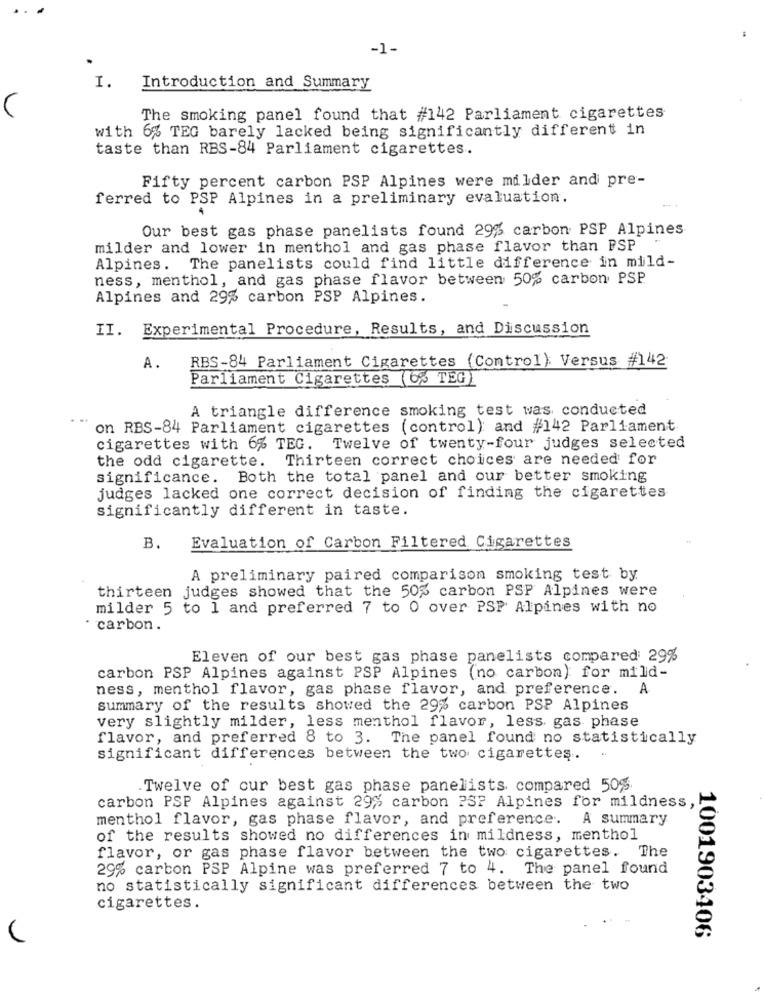
...
-1-
I.
Introduction and Summary
C
The smoking panel found that #142 Parliament cigarettes
with 6% TEG barely lacked being significantly different in
taste than RBS-84 Parliament cigarettes.
Fifty percent carbon PSP Alpines were milder and pre-
ferred to PSP Alpines in a preliminary evaluation.
Our best gas phase panelists found 29% carbon PSP Alpines
milder and lower in menthol and gas phase flavor than PSP
Alpines. The panelists could find little difference in mild-
ness, menthol, and gas phase flavor between 50% carbon PSP
Alpines and 29% carbon PSP Alpines.
II. Experimental Procedure, Results, and Discussion
RBS-84 Parliament Cigarettes (Control): Versus #142
A.
Parliament Cigarettes ( 6% TEG)
A triangle difference smoking test was conducted
on RBS-84 Parliament cigarettes (control) and #142 Parliament
cigarettes with 6% TEG. Twelve of twenty-four judges selected
Thirteen correct choices are needed for
the odd cigarette.
significance. Both the total panel and our better smoking
judges lacked one correct decision of finding the cigarettes
significantly different in taste.
Evaluation of Carbon Filtered Cigarettes
B.
A preliminary paired comparison smoking test by
thirteen judges showed that the 50% carbon PSP Alpines were
milder 5 to 1 and preferred 7 to 0 over PSP Alpines with no
carbon.
Eleven of our best gas phase panelists compared: 29%
carbon PSP Alpines against PSP Alpines (no carbon) for mild-
ness, menthol flavor, gas phase flavor, and preference.
A
summary of the results showed the 29% carbon PSP Alpines
very slightly milder, less menthol flavor, less. gas phase
flavor, and preferred 8 to 3. The panel found no statistically
significant differences between the two cigarettes.
.Twelve of our best gas phase panelists compared 50%
carbon PSP Alpines against 29% carbon PSP Alpines for mildness,
menthol flavor, gas phase flavor, and preference.
A summary
of the results showed no differences in mildness, menthol
flavor, or gas phase flavor between the two cigarettes. The
29% carbon PSP Alpine was preferred 7 to 4. The panel found
no statistically significant differences between the two
cigarettes.
1001903406